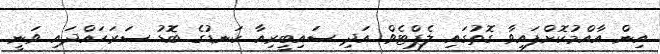
އިން އާއްމުކޮށްފައިވާ ގޮތުގައި ލެޕްޓެވް އަދި ސައިބީރިއާ ކަނޑުގެ ބޮޮޑު ސަރަހައްދައި ވަނީ